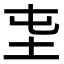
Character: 𡉫